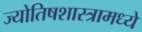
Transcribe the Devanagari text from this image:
ज्योतिषशास्त्रामध्ये